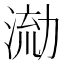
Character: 𭱛